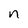
Character: n